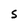
Character: S